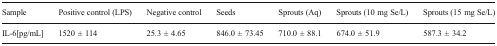
| Sample | Positive control (LPS) | Negative control | Seeds | Sprouts (Aq) | Sprouts (10 mg Se/L) | Sprouts (15 mg Se/L) |
 | --- | --- | --- | --- | --- | --- | --- |
 | IL-6[pg/mL] | 1520 ± 114 | 25.3 ± 4.65 | 846.0 ± 73.45 | 710.0 ± 88.1 | 674.0 ± 51.9 | 587.3 ± 34.2 |